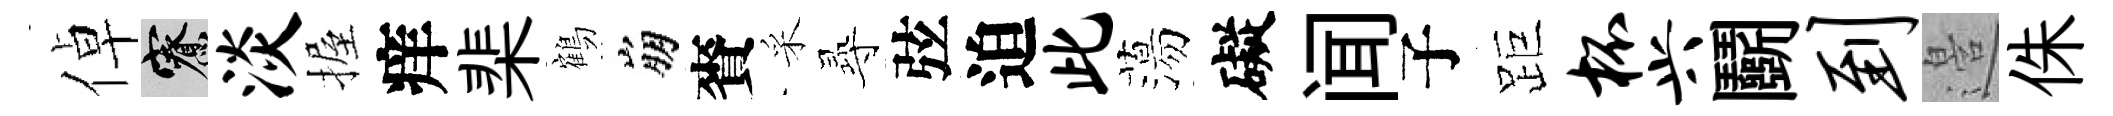
倬寮淡握痒棐鶴崩賚采𡬶弦迫此蕩礙闻子距杯兴鬬到邉侏